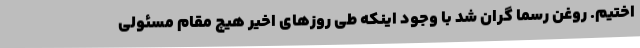
اختیم. روغن رسما گران شد با وجود اینکه طی روزهای اخیر هیچ مقام مسئولی